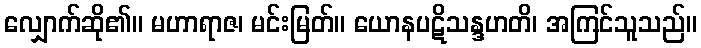
လျှောက်ဆို၏။ မဟာရာဇ၊ မင်းမြတ်။ ယောနပဋိသန္ဒဟတိ၊ အကြင်သူသည်။